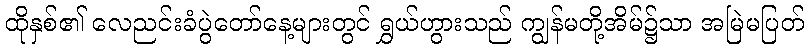
ထိုနှစ်၏ လေညင်းခံပွဲတော်နေ့များတွင် ရွှယ်ဟွားသည် ကျွန်မတို့အိမ်၌သာ အမြဲမပြတ်